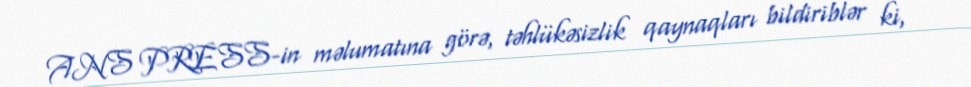
ANS PRESS-in məlumatına görə, təhlükəsizlik qaynaqları bildiriblər ki,